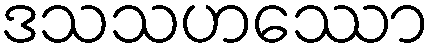
ဒသသဟဿော